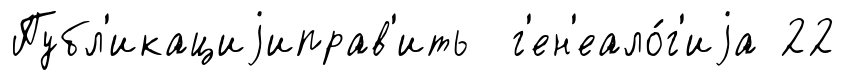
Публ'икациjиправ'ить г'ен'еало́г'иjа 22